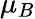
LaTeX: \mu_{B}